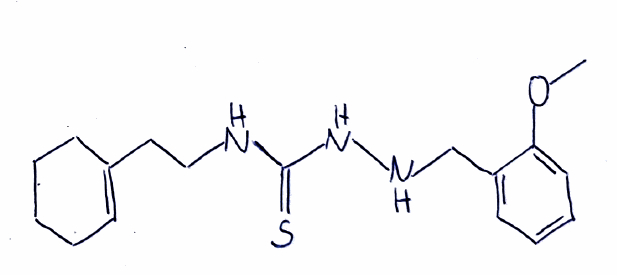
Simplified molecular-input line-entry system (SMILES) notation of the given molecule:
COC1=CC=CC=C1CNNC(=S)NCCC2=CCCCC2